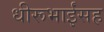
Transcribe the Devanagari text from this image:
धीरूभाईंसह